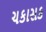
ચકાસક